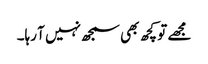
مجھے تو کچھ بھی سمجھ نہیں آ رہا۔